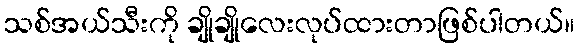
သစ်အယ်သီးကို ချိုချိုလေးလုပ်ထားတာဖြစ်ပါတယ်။